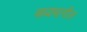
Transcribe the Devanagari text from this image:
मध्यभागील